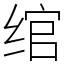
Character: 绾